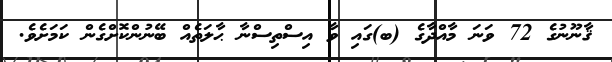
ޤާނޫނުގެ 72 ވަނަ މާއްދާގެ (ބ)ގައި ވާ އިސްތިސްނާ ޙާލަތެއް ބޭނުންކޮށްގެން ކަމަށެވެ.